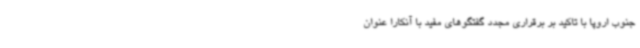
جنوب اروپا با تاکید بر برقراری مجدد گفتگوهای مفید با آنکارا عنوان